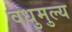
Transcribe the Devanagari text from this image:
वधुमुल्य